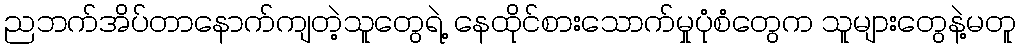
ညဘက်အိပ်တာနောက်ကျတဲ့သူတွေရဲ့ နေထိုင်စားသောက်မှုပုံစံတွေက သူများတွေနဲ့မတူ